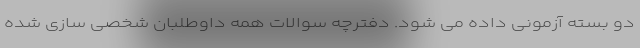
دو بسته آزمونی داده می شود. دفترچه سوالات همه داوطلبان شخصی سازی شده